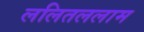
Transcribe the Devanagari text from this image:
ललितललाम